Indian journal of veterinary science and animal husbandry - Volumes 22-23, 1952-1953
Year: 1952
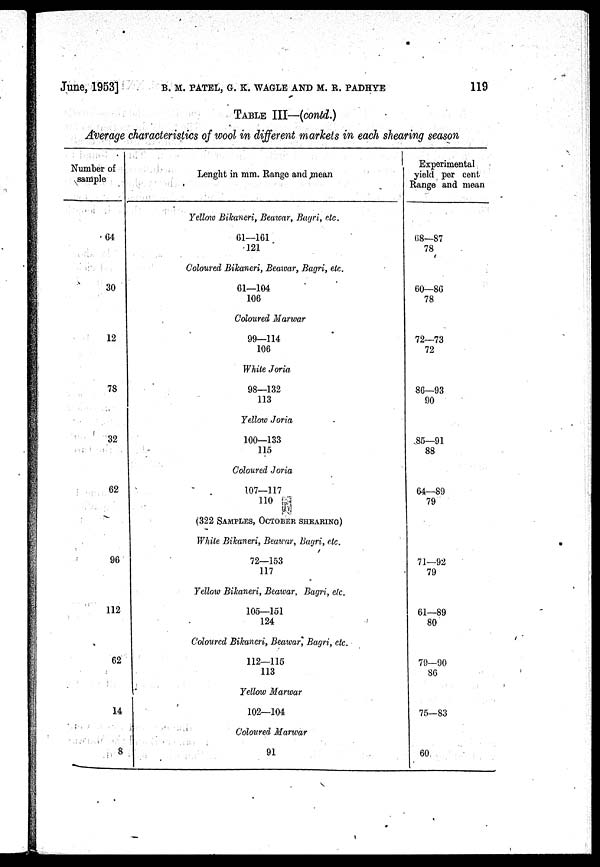
June, 1953] B. M. PATEL, G. K. WAGLE AND M. R. PADHYE 119
TABLE III—(contd.)
Average characteristics of wool in different markets in each shearing season
Number of
sample
64
30
12
78
32
62
96
12
62
14
8
Lenght in mm. Range and mean
Yellow Bikaneri, Beawar, Bagri, etc.
61—161
121
Coloured Bikaneri, Beawar, Bagri, etc.
61—104
106
Coloured Marwar
99—114
106
White Joria
98—132
113
Yellow Joria
100—133
115
Coloured Joria
107—117
110
(322 SAMPLES, OCTOBER SHEARING)
White Bikaneri, Beawar, Bagri, etc.
72—153
117
Yellow Bikaneri, Beawar, Bagri, etc.
105—151
124
Coloured Bikaneri, Beawar, Bagri, etc.
112—115
113
Yellow Marwar
102—104
Coloured Marwar
91
Experimental
yield per cent
Range and mean
68—87
78
60—86
78
72—73
72
86—93
90
85—91
88
64—89
79
71—92
79
61—89
80
79—90
86
75—83
60